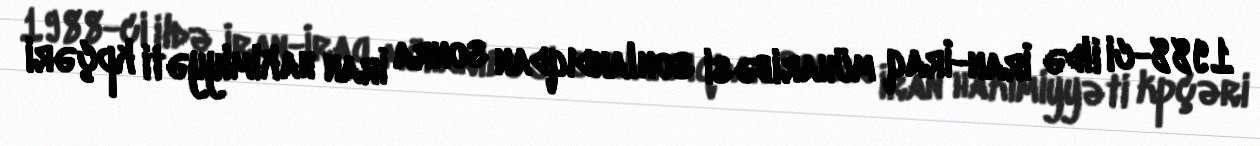
1988-ci ildə İran-İraq müharibəsi sonlandıqdan sonra İran hakimiyyəti kpçəri